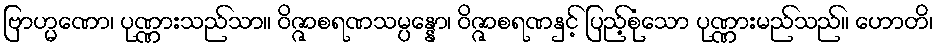
ဗြာဟ္မဏော၊ ပုဏ္ဏားသည်သာ။ ဝိဇ္ဇာစရဏသမ္ပန္နော၊ ဝိဇ္ဇာစရဏနှင့် ပြည့်စုံသော ပုဏ္ဏားမည်သည်။ ဟောတိ၊